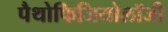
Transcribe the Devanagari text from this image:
पैथोफिजियोलॉजी